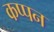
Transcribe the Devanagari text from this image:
कप्पन